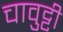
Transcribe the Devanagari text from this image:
चावुट्टी